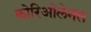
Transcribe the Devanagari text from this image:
कोरिओलेनस